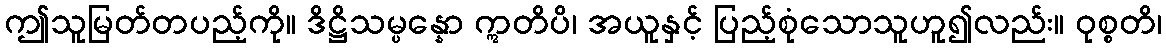
ဤသူမြတ်တပည့်ကို။ ဒိဋ္ဌိသမ္ပန္နော ဣတိပိ၊ အယူနှင့် ပြည့်စုံသောသူဟူ၍လည်း။ ဝုစ္စတိ၊